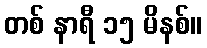
တစ် နာရီ ၁၅ မိနစ်။